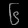
Digit: ၆